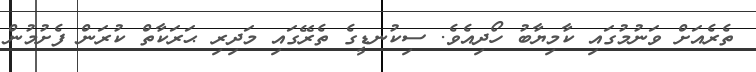
ތެރެއަށް ވަނުމުގައި ކާމިޔާބު ހޯދިއެވެ. ސިކުނޑީގެ ތެރޭގައި މަދިރި ޙަރަކާތް ކުރަން ފެށުމުން